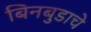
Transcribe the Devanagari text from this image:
बिनबुडाचे